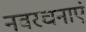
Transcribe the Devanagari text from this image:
नवरचनाएं